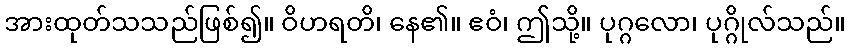
အားထုတ်သသည်ဖြစ်၍။ ဝိဟရတိ၊ နေ၏။ ဧဝံ၊ ဤသို့။ ပုဂ္ဂလော၊ ပုဂ္ဂိုလ်သည်။